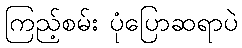
ကြည့်စမ်း ပုံပြောဆရာပဲ